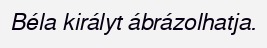
Béla királyt ábrázolhatja.